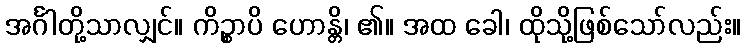
အင်္ဂါတို့သာလျှင်။ ကိဉ္စာပိ ဟောန္တိ၊ ၏။ အထ ခေါ၊ ထိုသို့ဖြစ်သော်လည်း။